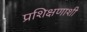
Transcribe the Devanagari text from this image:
प्रशिक्षणाशी